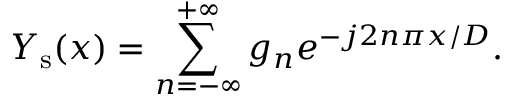
Y _ { \mathrm { s } } ( x ) = \sum _ { n = - \infty } ^ { + \infty } g _ { n } e ^ { - j 2 n \pi x / D } .